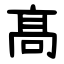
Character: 髙